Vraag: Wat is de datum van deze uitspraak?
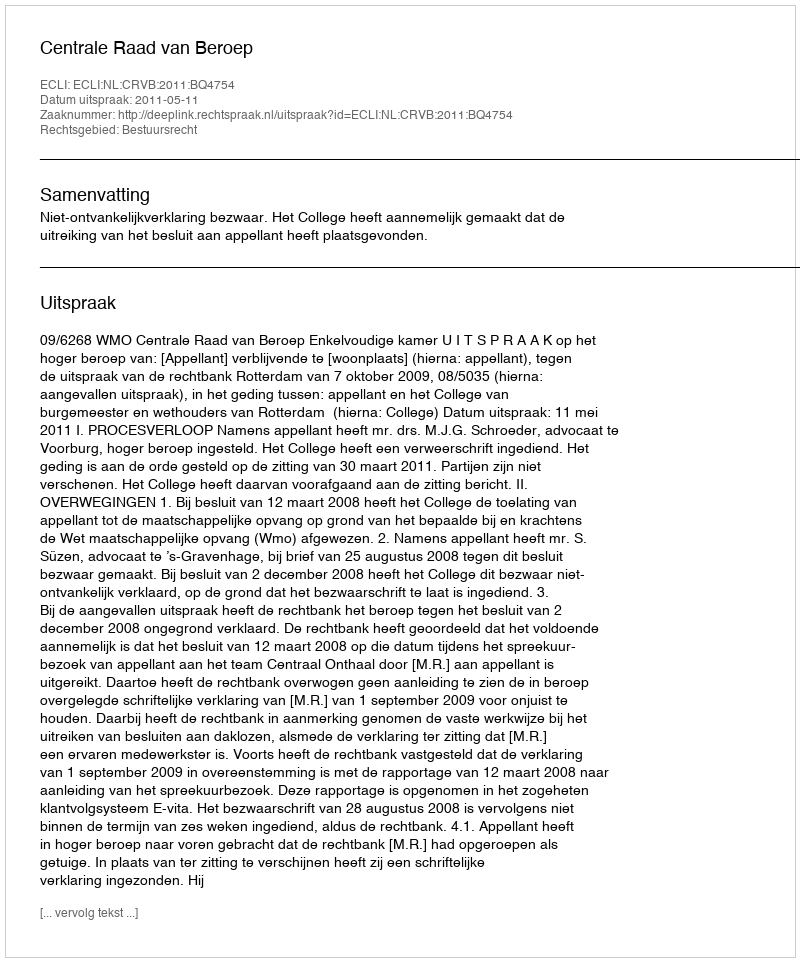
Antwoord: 2011-05-11